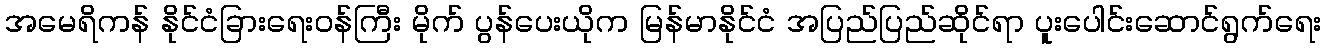
အမေရိကန် နိုင်ငံခြားရေးဝန်ကြီး မိုက် ပွန်ပေးယိုက မြန်မာနိုင်ငံ အပြည်ပြည်ဆိုင်ရာ ပူးပေါင်းဆောင်ရွက်ရေး